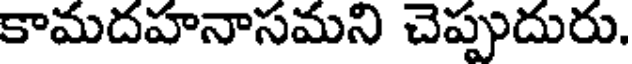
కామదహనాసమని చెప్పుదురు.